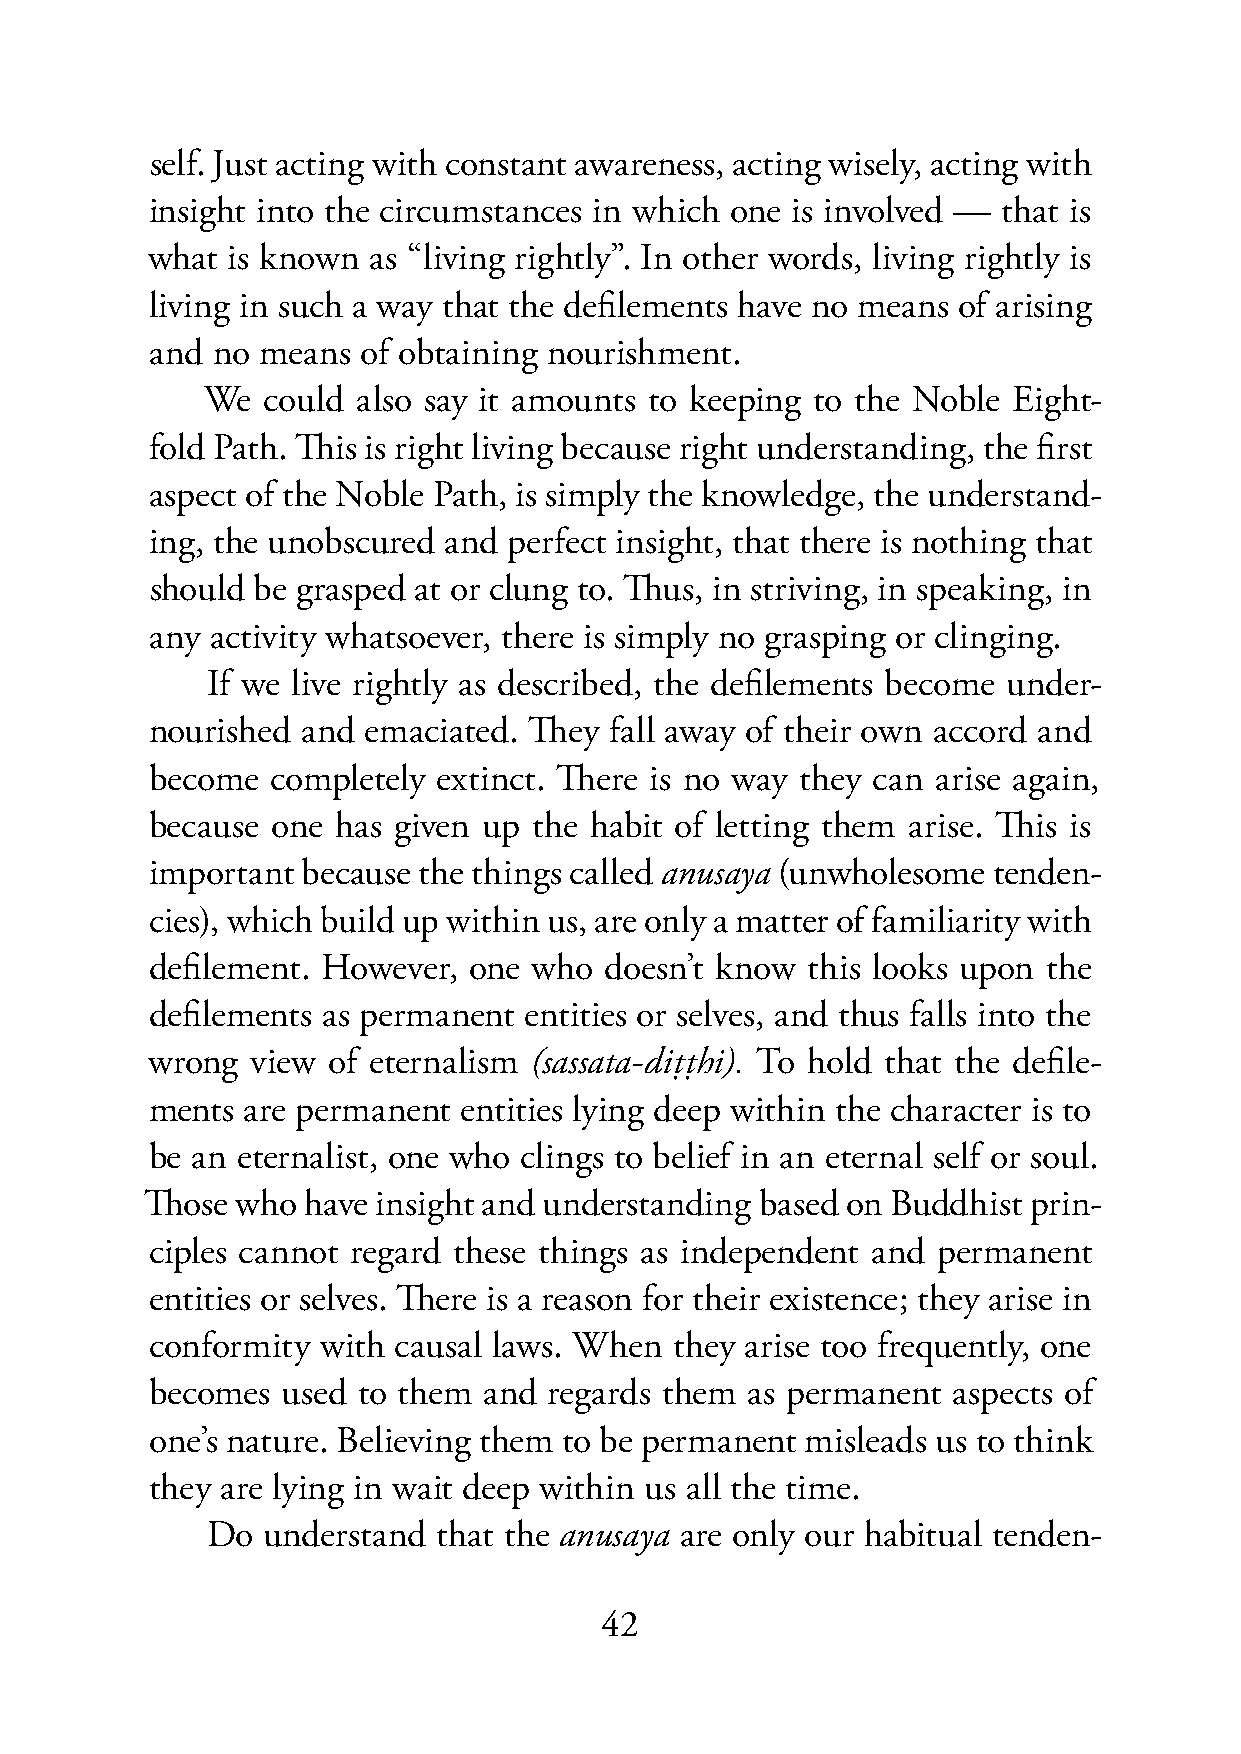
self. Just acting with constant awareness, acting wisely, acting with
 insight into the circumstances in which one is involved — that is
 what is known as “living rightly”. In other words, living rightly is
 living in such a way that the defilements have no means of arising
 and no means  of obtaining nourishment.
 We  could  also say it amounts to keeping to the Noble Eight-
 fold Path. This is right living because right understanding, the first
 aspect of the Noble Path, is simply the knowledge, the understand-
 ing, the unobscured and perfect insight, that there is nothing that
 should be grasped at or clung to. Thus, in striving, in speaking, in
 any activity whatsoever, there is simply no grasping or clinging.
 If we live rightly as described, the defilements become under-
 nourished and emaciated. They fall away of their own accord and
 become  completely extinct. There is no way they can arise again,
 because one has given up the habit of letting them arise. This is
 important because the things called anusaya (unwholesome tenden-
 cies), which build up within us, are only a matter of familiarity with
 defilement. However, one who  doesn’t know this looks upon the
 defilements as permanent entities or selves, and thus falls into the
 wrong  view of eternalism (sassata-diṭṭhi). To hold that the defile-
 ments are permanent  entities lying deep within the character is to
 be an eternalist, one who clings to belief in an eternal self or soul.
 Those who have insight and understanding based on Buddhist prin-
 ciples cannot regard these things as independent and permanent
 entities or selves. There is a reason for their existence; they arise in
 conformity with causal laws. When  they arise too frequently, one
 becomes  used to them and regards them as permanent  aspects of
 one’s nature. Believing them to be permanent misleads us to think
 they are lying in wait deep within us all the time.
 Do understand  that the anusaya are only our habitual tenden-
 42